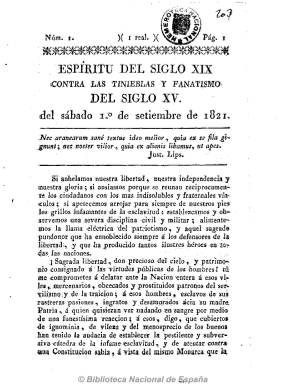
Título: Espíritu del siglo XIX contra las tinieblas y fanatismo del siglo XV
Otros títulos: Espíritu del siglo diecinueve contra las tinieblas y fanatismo del siglo quince
Colección: Periódicos anteriores a 1850
Ámbito geográfico: Sevilla
Lugar de publicación: Sevilla
Fechas: 01/09/1821-01/09/1821

Singular título del bisemanario, que salió los sábados y martes, de la imprenta hispalense de María del Carmen Padrino desde el uno de septiembre al trece de octubre de 1821, con un espíritu muy combativo contra el servilismo. De carácter constitucionalista, también dedicó sus artículos a despertar a los liberales indulgentes contra la reacción política y eclesiástica. Su tendencia liberal avanzada ya se observa en el artículo sobre la disolución del matrimonio y el divorcio que publica en su primer número. Además de artículos políticos, publica noticias del Reino y del extranjero, sueltos, advertencias y composiciones poéticas. Apareció en números de ocho páginas.